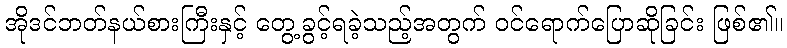
အိုဒင်ဘတ်နယ်စားကြီးနှင့် တွေ့ခွင့်ရခဲ့သည့်အတွက် ဝင်ရောက်ပြောဆိုခြင်း ဖြစ်၏။